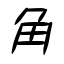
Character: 角